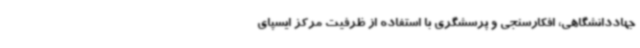
جهاددانشگاهی، افکارسنجی و پرسشگری با استفاده از ظرفیت مرکز ایسپای